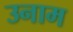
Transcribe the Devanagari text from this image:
उनाम